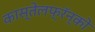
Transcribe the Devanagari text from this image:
कास्तेलफ्रॅन्को